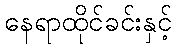
နေရာထိုင်ခင်းနှင့်